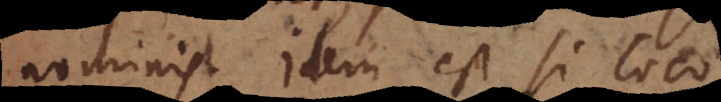
pronominis. Idem est si loco